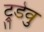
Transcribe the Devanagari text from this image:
ट्रुडेवु